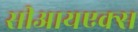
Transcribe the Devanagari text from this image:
सीआयएक्स